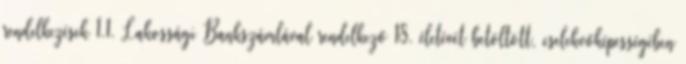
rendelkezések 1.1. Lakossági Bankszámlával rendelkező 18. életévét betöltött, cselekvőképességében